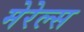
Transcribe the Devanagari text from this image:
मेरेल्स